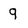
Character: 9